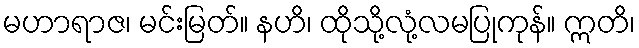
မဟာရာဇ၊ မင်းမြတ်။ နဟိ၊ ထိုသို့လုံ့လမပြုကုန်။ ဣတိ၊